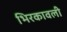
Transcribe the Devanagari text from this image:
भिरकावली